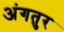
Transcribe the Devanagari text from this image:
अंगतुर